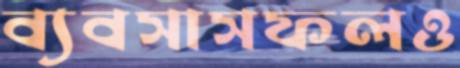
ব্যবসাসফলও